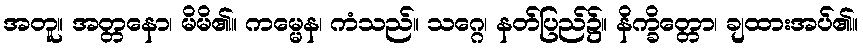
အတူ။ အတ္တနော၊ မိမိ၏။ ကမ္မေန၊ ကံသည်။ သဂ္ဂေ၊ နတ်ပြည်၌။ နိက္ခိတ္တော၊ ချထားအပ်၏။